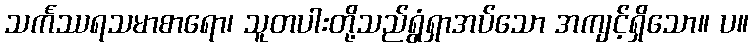
သင်္ကဿရသမာစာရော၊ သူတပါးတို့သည်ရွံရှာအပ်သော အကျင့်ရှိသော။ ပ။